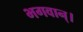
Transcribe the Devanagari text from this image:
भगवान्‌।